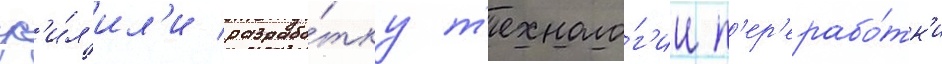
ус'и́л'ил'и разрабо́тку т'ехноло́г'ии п'ер'ерабо́тк'и